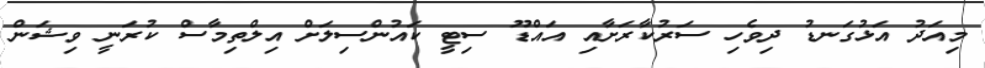
މިއަދު އަޅުގަނޑު ދިވެހި ސަރުކާރަށާއި އައްޑޫ ސިޓީ ކައުންސިލަށް އިލްތިމާސް ކުރަނީ ވިޝަން